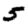
Digit: 5